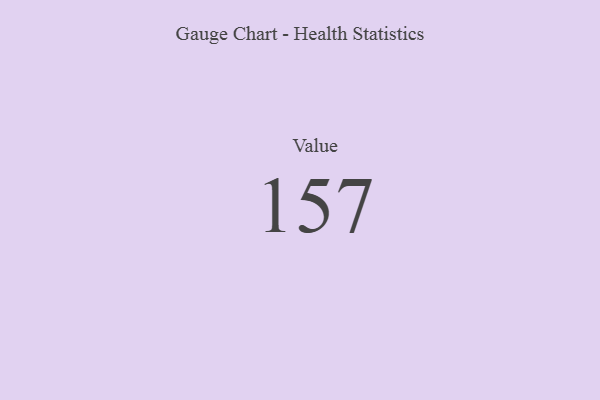
{"axis": {"x": "Metric", "y": "Value"}, "legend": [""], "data": [{"x": "Value", "y": 157, "type": ""}]}